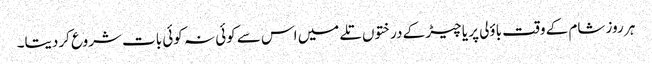
ہر روز شام کے وقت باؤلی پر یا چیڑ کے درختوں تلے میں اس سے کوئی نہ کوئی بات شروع کردیتا۔